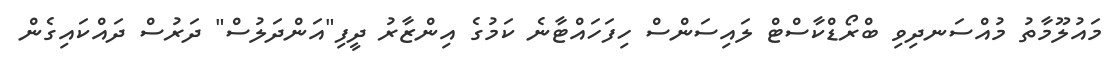
މައުލޫމާތު މުއްސަނދިވި ބްރޯޑްކާސްޓް ލައިސަންސް ހިފަހައްޓާނެ ކަމުގެ އިންޒާރު ދީފި"އަންދަލުސް" ދަރުސް ދައްކައިގެން